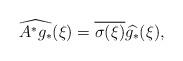
LaTeX: \begin{align*}\widehat{A^*g_{\ast}}(\xi)=\overline{\sigma(\xi)}\widehat{g_{\ast}}(\xi),\end{align*}